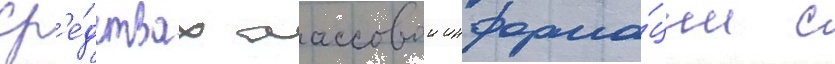
ср'е́дствах массовои информа́ции с